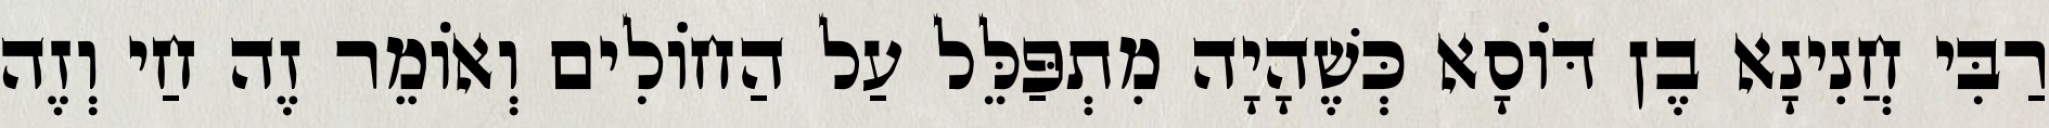
רַבִּי חֲנִינָא בֶן דּוֹסָא כְּשֶׁהָיָה מִתְפַּלֵּל עַל הַחוֹלִים וְאוֹמֵר זֶה חַי וְזֶה